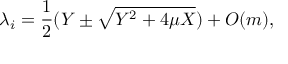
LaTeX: \lambda _ { i } = \frac { 1 } { 2 } ( Y \pm \sqrt { Y ^ { 2 } + 4 \mu X } ) + O ( m ) ,